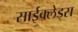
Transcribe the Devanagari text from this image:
साईक्लेड्स